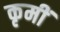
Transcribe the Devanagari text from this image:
कृमीं